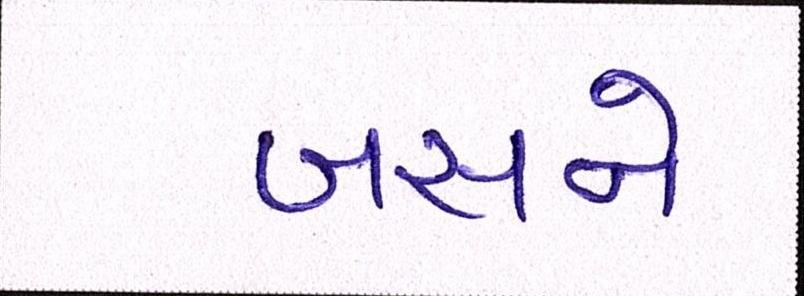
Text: બસને